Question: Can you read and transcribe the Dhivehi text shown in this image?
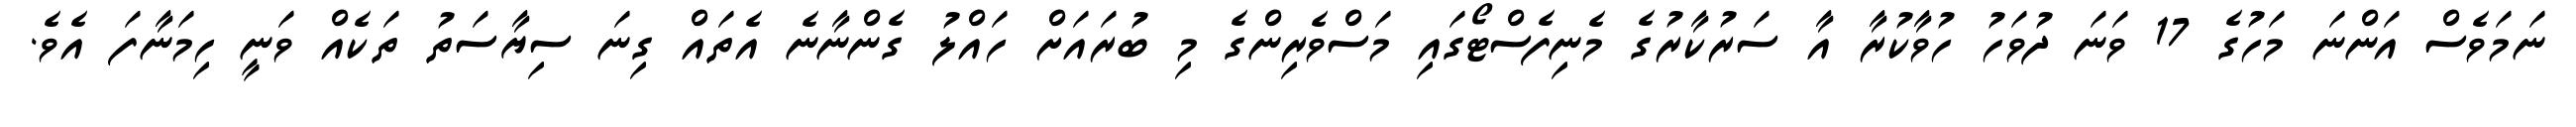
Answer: ނަމަވެސް އަންނަ މަހުގެ 17 ވަނަ ދުވަހު ހުވާކުރާ އާ ސަރުކާރުގެ މެނިފެސްޓޯގައި މަސްވެރިންގެ މި ބުރައަށް ހައްލު ގެންނާނެ އެތައް ގިނަ ސިޔާސަތު ތަކެއް ވަނީ ހިމަނާފަ އެވެ.